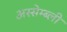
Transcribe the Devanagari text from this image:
अस्सेम्ब्ली